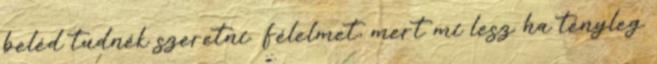
beléd tudnék szeretni. Félelmet, mert mi lesz ha tényleg